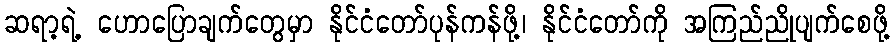
ဆရာ့ရဲ့ ဟောပြောချက်တွေမှာ နိုင်ငံတော်ပုန်ကန်ဖို့၊ နိုင်ငံတော်ကို အကြည်ညိုပျက်စေဖို့